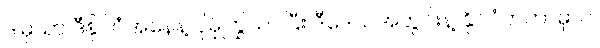
ဒါမှသာ ဒီနိုင်ငံအနေနဲ့ ပိုမိုကြွယ်ဝပြီး ဒီဒေသအတွင်းနဲ့ နိုင်ငံတကာမှာပါ